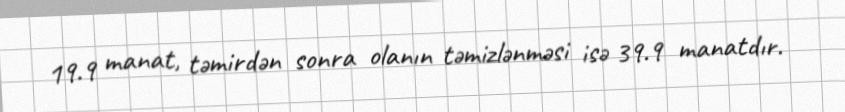
19.9 manat, təmirdən sonra olanın təmizlənməsi isə 39.9 manatdır.